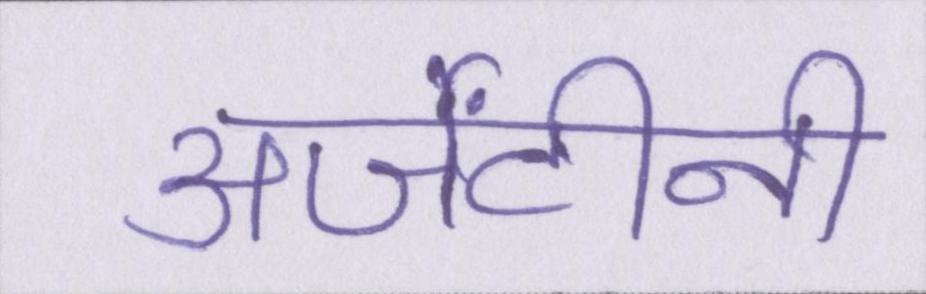
अर्जेंटीनी